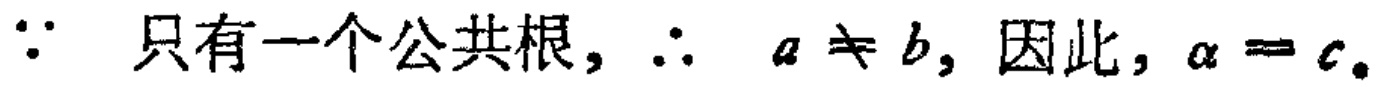
\(\because\) 只有一个公共根, \(\therefore\) \(a \neq b\), 因此, \(\alpha = c\)。